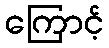
ကြောင့်